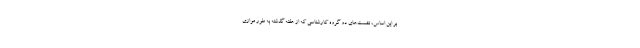
بر این اساس، نشست‌های دو گروه کارشناسی که از هفته گذشته به طور موازی